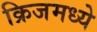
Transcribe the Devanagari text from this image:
क्रिजमध्ये